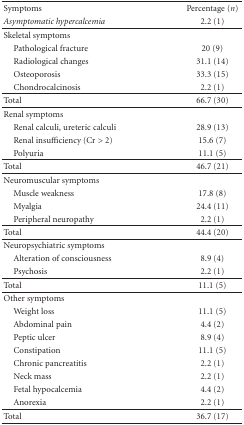
<table><thead><tr><td><b>Symptoms</b></td><td><b>Percentage (<i>n</i>)</b></td></tr><tr><td><b><i>Asymptomatic hypercalcemia</i></b></td><td><b>2.2 (1)</b></td></tr></thead><tbody><tr><td>Skeletal symptoms</td><td></td></tr><tr><td> Pathological fracture</td><td>20 (9)</td></tr><tr><td> Radiological changes</td><td>31.1 (14)</td></tr><tr><td> Osteoporosis</td><td>33.3 (15)</td></tr><tr><td> Chondrocalcinosis</td><td>2.2 (1)</td></tr><tr><td>Total</td><td>66.7 (30)</td></tr><tr><td>Renal symptoms</td><td></td></tr><tr><td>Renal calculi, ureteric calculi</td><td>28.9 (13)</td></tr><tr><td>Renal insufficiency (Cr &gt; 2)</td><td>15.6 (7)</td></tr><tr><td>Polyuria</td><td>11.1 (5)</td></tr><tr><td>Total</td><td>46.7 (21)</td></tr><tr><td>Neuromuscular symptoms</td><td></td></tr><tr><td>Muscle weakness</td><td>17.8 (8)</td></tr><tr><td>Myalgia</td><td>24.4 (11)</td></tr><tr><td>Peripheral neuropathy</td><td>2.2 (1)</td></tr><tr><td>Total</td><td>44.4 (20)</td></tr><tr><td>Neuropsychiatric symptoms</td><td></td></tr><tr><td>Alteration of consciousness</td><td>8.9 (4)</td></tr><tr><td>Psychosis</td><td>2.2 (1)</td></tr><tr><td>Total</td><td>11.1 (5)</td></tr><tr><td>Other symptoms</td><td></td></tr><tr><td>Weight loss</td><td>11.1 (5)</td></tr><tr><td>Abdominal pain</td><td>4.4 (2)</td></tr><tr><td>Peptic ulcer</td><td>8.9 (4)</td></tr><tr><td>Constipation</td><td>11.1 (5)</td></tr><tr><td>Chronic pancreatitis</td><td>2.2 (1)</td></tr><tr><td>Neck mass</td><td>2.2 (1)</td></tr><tr><td>Fetal hypocalcemia</td><td>4.4 (2)</td></tr><tr><td>Anorexia</td><td>2.2 (1)</td></tr><tr><td>Total</td><td>36.7 (17)</td></tr></tbody></table>